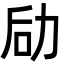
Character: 劶